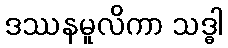
ဒဿနမူလိကာ သဒ္ဓါ